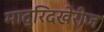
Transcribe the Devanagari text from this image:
माद्रिदखेरीज